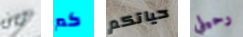
ثان كم حياتكم رحيلي